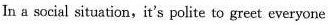
In a social situation, it's polite to greet everyone